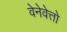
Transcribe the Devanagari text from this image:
वेनेवेत्तो